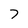
Character: 7